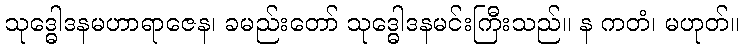
သုဒ္ဓေါဒနမဟာရာဇေန၊ ခမည်းတော် သုဒ္ဓေါဒနမင်းကြီးသည်။ န ကတံ၊ မဟုတ်။